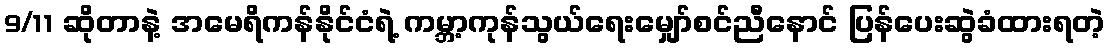
9/11 ဆိုတာနဲ့ အမေရိကန်နိုင်ငံရဲ့ ကမ္ဘာ့ကုန်သွယ်ရေးမျှော်စင်ညီနောင် ပြန်ပေးဆွဲခံထားရတဲ့